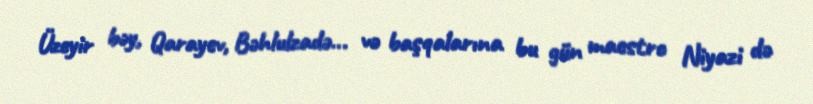
Üzeyir bəy, Qarayev, Bəhlulzadə... və başqalarına bu gün maestro Niyazi də